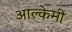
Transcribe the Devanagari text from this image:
आल्‍केमी